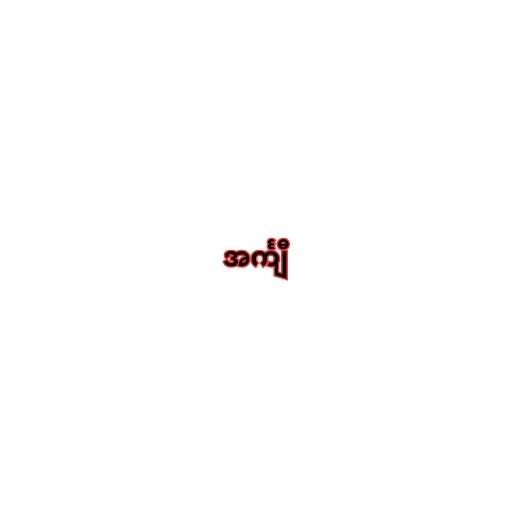
အင်္ကျီ